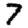
Digit: 7